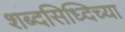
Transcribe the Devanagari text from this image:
शब्दसिध्दिच्या